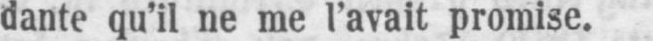
dante qu’il ne me l’avait promise.